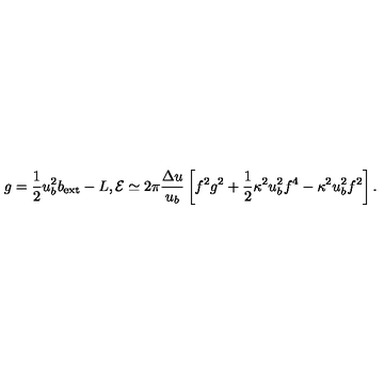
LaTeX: g = \frac { 1 } { 2 } u _ { b } ^ { 2 } b _ { \mathrm { e x t } } - L , { \cal E } \simeq 2 \pi \frac { \Delta u } { u _ { b } } \left[ f ^ { 2 } g ^ { 2 } + \frac { 1 } { 2 } \kappa ^ { 2 } u _ { b } ^ { 2 } f ^ { 4 } - \kappa ^ { 2 } u _ { b } ^ { 2 } f ^ { 2 } \right] .